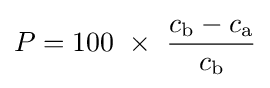
P=100~\times ~{\frac {c_{\mathrm {b} }-c_{\mathrm {a} }}{c_{\mathrm {b} }}}